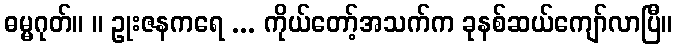
ဓမ္မဂုတ်။ ။ ဥုးဇနကရေ ... ကိုယ်တော့်အသက်က ခုနစ်ဆယ်ကျော်လာပြီ။